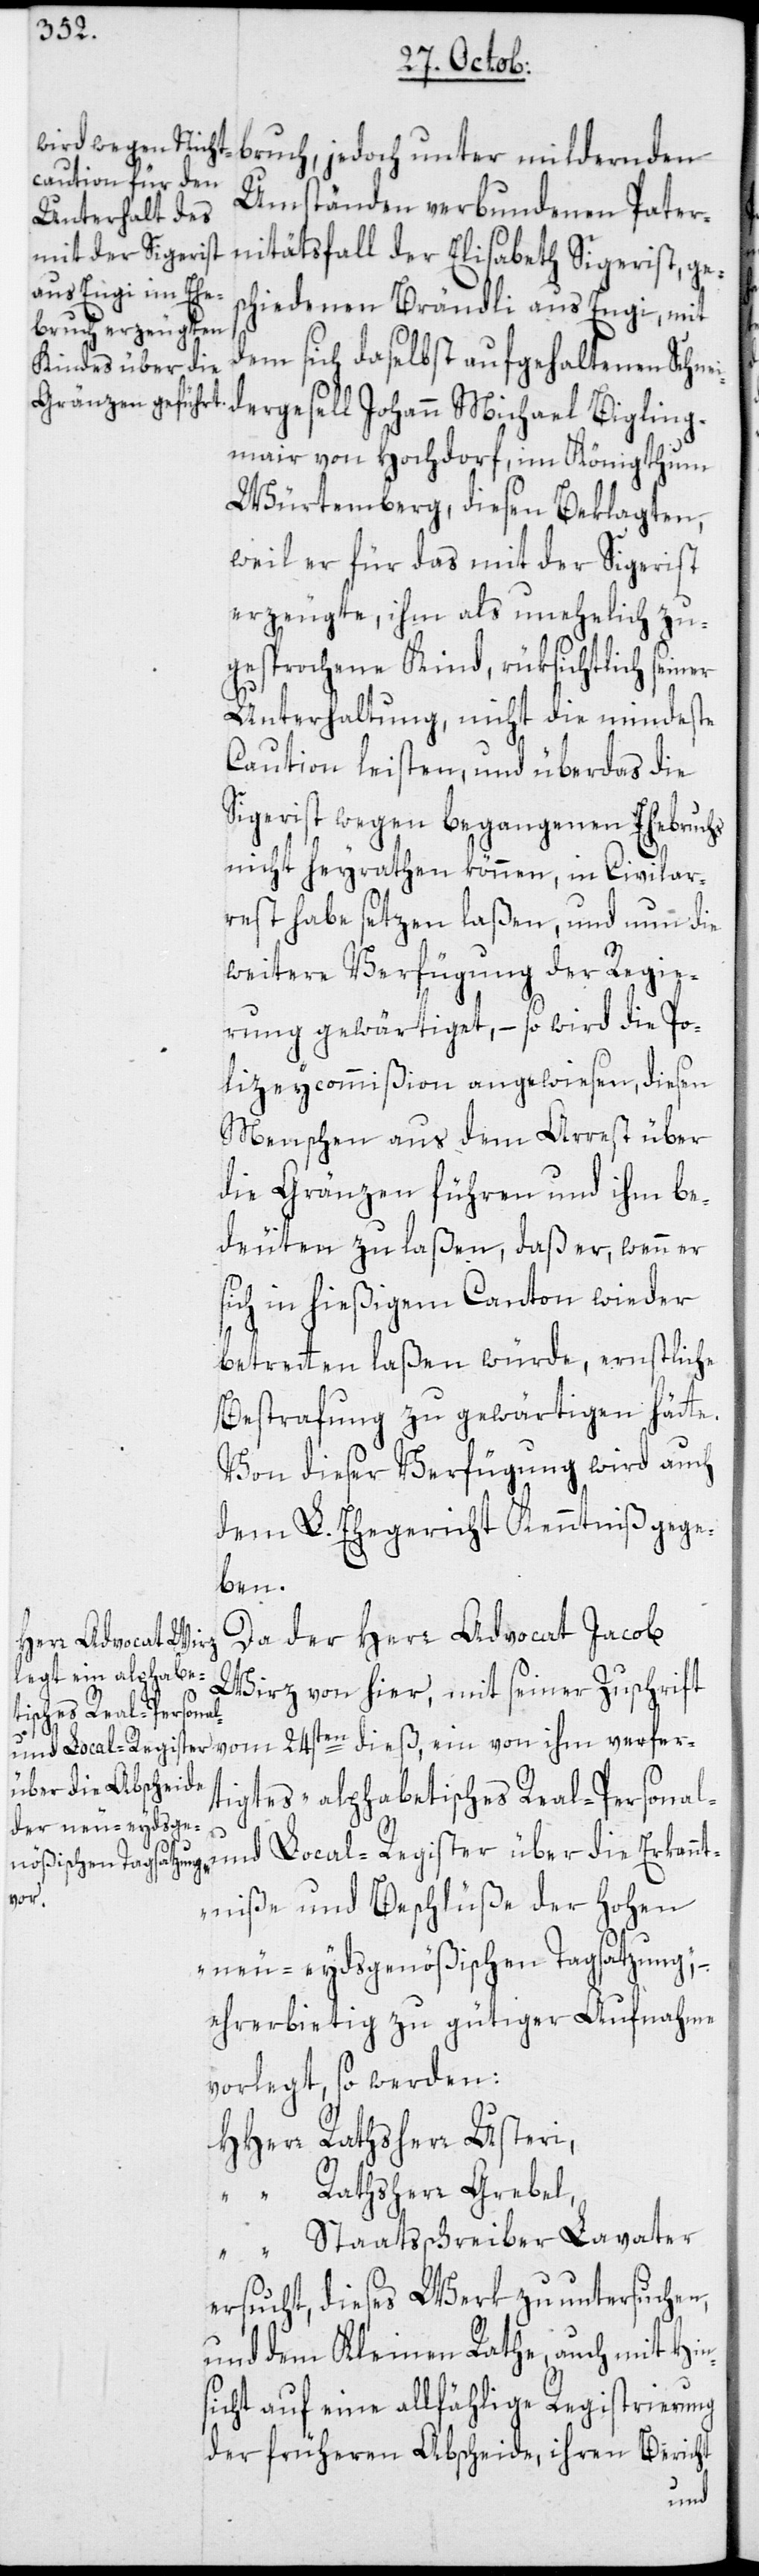
bruch, jedoch unter mildernden
Umständen verbundenen Pater¬
nitätsfall der Elisabeth Sigerist, ge¬
chiedenen Brändli aus Engi, mit
dem sich daselbst aufgehaltenen Schne¬
idergesell Johann Michael Bigling¬
mair von Hochdorf, im Königthum
Würtemberg, diesen Beklagten,
weil er für das mit der Sigerist
erzeugte, ihm als unehelich zu¬
gesprochene Kind, rüksichtlich seiner
Unterhaltung, nicht die mindeste
Caution leisten, und überdas die
Sigerist wegen begangenen Ehebruchs
nicht heyrathen können, in Civilar¬
rest habe setzen laßen, und nun die
weitere Verfügung der Regie¬
rung gewärtiget, – so wird die Po¬
lizeycommißion angewiesen, diesen
Menschen aus dem Arrest über
die Gränzen führen und ihm be¬
deuten zu laßen, daß er, wenn er
sich in hießigem Canton wieder
betretten laßen würde, ernstliche
Bestrafung zu gewärtigen hätte.
Von dieser Verfügung wird auch
dem L. Ehegericht Kenntniß gege¬
ben.
Da der Herr Advocat Jacob
Wirz von hier, mit seiner Zuschrift
al-
tigtes „alphabetisches Real-[,] Person¬
und Local-Register über die Erkann¬
verf¬
tniße und Beschlüße der Hohen
neu-eydsgenößischen Tagsatzung“,
ehrerbietig zu gütiger Aufnahme
vorlegt, so werden:
HHerr Rathsherr Usteri,
“ Rathsherr Grebel,
“ Staatsschreiber Lavater
ersucht, dieses Werk zu untersuchen,
und dem Kleinen Rathe, auch mit Hin¬
sicht auf eine allfählige Registrierung
der früheren Abscheide, ihren Bericht